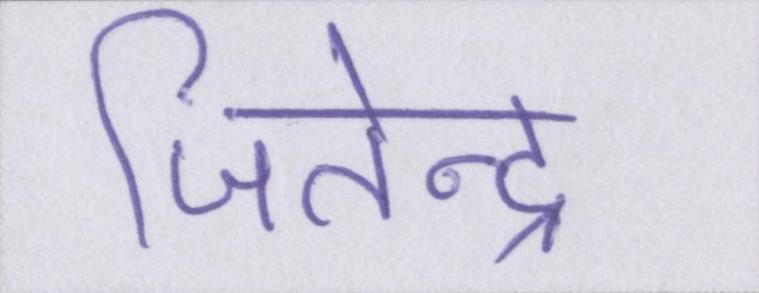
जितेन्द्र